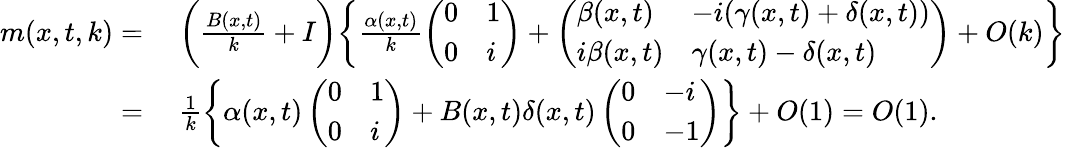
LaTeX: \begin{array}{rl}{m(x,t,k)=}&{\; \bigg(\frac{B(x,t)}{k}+I\bigg)\bigg\{ \frac{\alpha(x,t)}{k}\left(\begin{array}{ll}{0}&{1}\\ {0}&{i}\end{array}\right)+\left(\begin{array}{ll}{\beta(x,t)}&{-i(\gamma(x,t)+\delta(x,t))}\\ {i\beta(x,t)}&{\gamma(x,t)-\delta(x,t)}\end{array}\right)+O(k)\bigg\} }\\ {=}&{\; \frac{1}{k}\bigg\{ \alpha(x,t)\left(\begin{array}{ll}{0}&{1}\\ {0}&{i}\end{array}\right)+B(x,t)\delta(x,t)\left(\begin{array}{ll}{0}&{-i}\\ {0}&{-1}\end{array}\right)\bigg\} +O(1)=O(1).}\end{array}